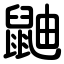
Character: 鼬